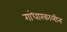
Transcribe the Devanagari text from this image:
गांधारकालीन